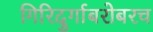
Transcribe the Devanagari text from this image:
गिरिदुर्गाबरोबरच